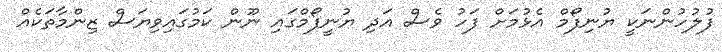
ފުލުހުންނަކީ ޔުނިފޯމް އެޅުމަށް ފަހު ވެސް އަދި ޔުނީފޯމްގައި ނޫން ކަމުގައިވިޔަސް ޒިންމާތަކެއް